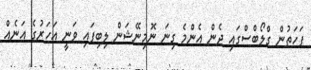
ފަހަތުން ގްލޯބްސްގައި ދެން އެންމެ ގިނަ ނޮމިނޭޝަން ލިބިފައި ވަނީ އަހަރުގެ އަނެއް